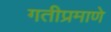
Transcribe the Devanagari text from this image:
गतीप्रमाणे